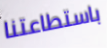
باستطاعتنا